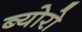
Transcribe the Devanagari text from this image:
ब्योरो